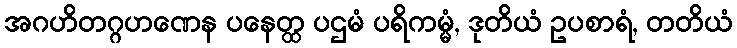
အဂဟိတဂ္ဂဟဏေန ပနေတ္ထ ပဌမံ ပရိကမ္မံ, ဒုတိယံ ဥပစာရံ, တတိယံ